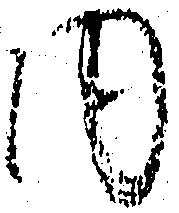
内